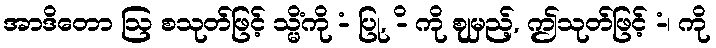
အာဒိတော ဩ စသုတ်ဖြင့် သ္မိံကို -ံ ပြု, -ိ ကို ဈမှည့်, ဤသုတ်ဖြင့် -ံ၊ ကို